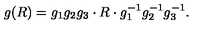
g ( R ) = g _ { 1 } g _ { 2 } g _ { 3 } \cdot R \cdot g _ { 1 } ^ { - 1 } g _ { 2 } ^ { - 1 } g _ { 3 } ^ { - 1 } .